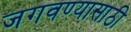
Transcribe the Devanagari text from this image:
जगवण्यासाठी